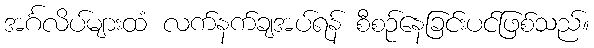
အင်္ဂလိပ်များထံ လက်နက်ချအပ်ရန် စီစဉ်နေခြင်းပင်ဖြစ်သည်။